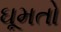
ઘૂમતો